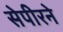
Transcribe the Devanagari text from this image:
सेपीरने